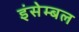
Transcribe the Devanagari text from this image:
इंसेम्बल